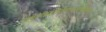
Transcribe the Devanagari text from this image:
प्रथमेह्नितृतीयेवासप्तमेनवमेतथा